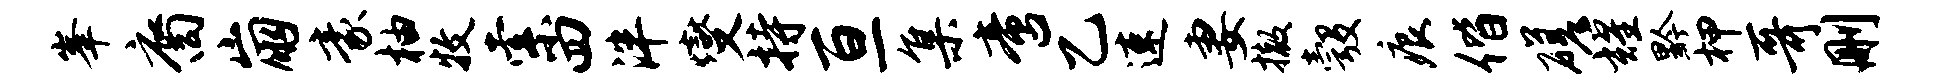
峰裔崩豪柚牧索四泮燮持亘集啻乙速妻撤彀痕偕磋耀黔柙哥删